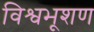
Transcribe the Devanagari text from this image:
विश्वभूशण